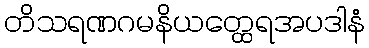
တိသရဏဂမနိယတ္ထေရအပဒါနံ